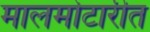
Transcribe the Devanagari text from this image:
मालमोटारीत